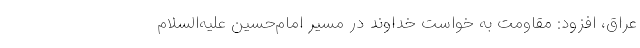
عراق، افزود: مقاومت به خواست خداوند در مسیر امام‌حسین علیه‌السلام